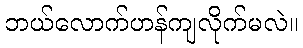
ဘယ်လောက်ဟန်ကျလိုက်မလဲ။